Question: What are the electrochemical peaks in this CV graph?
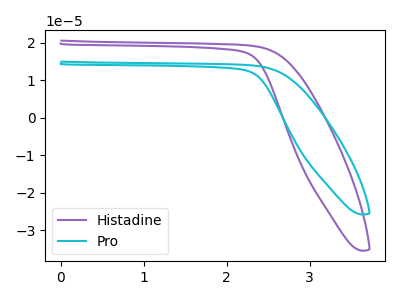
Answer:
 <answer>The purple curve "Histadine" has no peaks. The cyan curve "Pro" has no peaks.</answer>
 <eval></eval>